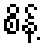
စိန့်